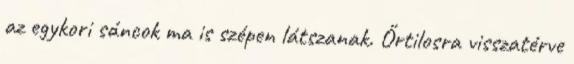
az egykori sáncok ma is szépen látszanak. Őrtilosra visszatérve